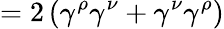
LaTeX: =2\left(\gamma^{\rho}\gamma^{\nu}+\gamma^{\nu}\gamma^{\rho}\right)